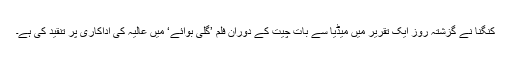
کنگنا نے گزشتہ روز ایک تقریر میں میڈیا سے بات چیت کے دوران فلم ’گلی بوائے‘ میں عالیہ کی اداکاری پر تنقید کی ہے۔